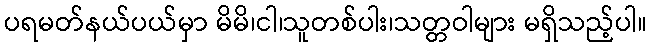
ပရမတ်နယ်ပယ်မှာ မိမိ၊ငါ၊သူတစ်ပါး၊သတ္တဝါများ မရှိသည့်ပါ။